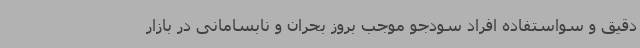
دقیق و سواستفاده افراد سودجو موجب بروز بحران و نابسامانی در بازار